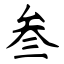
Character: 叁